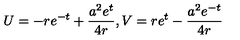
U = - r e ^ { - t } + \frac { a ^ { 2 } e ^ { t } } { 4 r } , V = r e ^ { t } - \frac { a ^ { 2 } e ^ { - t } } { 4 r }